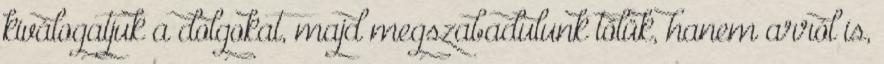
kiválogatjuk a dolgokat, majd megszabadulunk tőlük, hanem arról is,